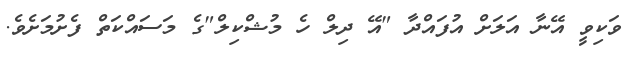
ވަކިވީ އޭނާ އަލަށް އުފައްދާ "އޭ ދިލް ހެ މުޝްކިލް"ގެ މަސައްކަތް ފެށުމަށެވެ.